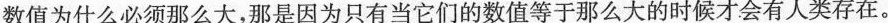
数值为什么必须那么大，那是因为只有当它们的数值等于那么大的时候才会有人类存在。